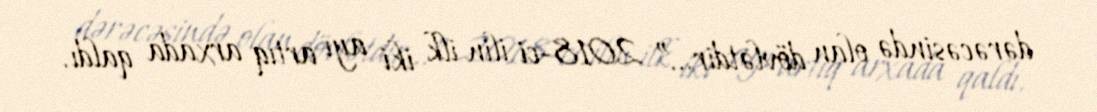
dərəcəsində olan dövlətdir...” 2018-ci ilin ilk iki ayı artıq arxada qaldı.